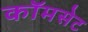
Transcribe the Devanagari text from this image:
कॉमसेट